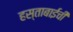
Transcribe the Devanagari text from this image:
हस्ताबाईची